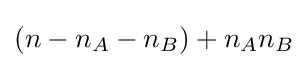
(n-n_{A}-n_{B})+n_{A}n_{B}